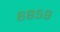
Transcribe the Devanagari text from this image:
६८५९